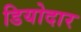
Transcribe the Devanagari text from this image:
डियोदार